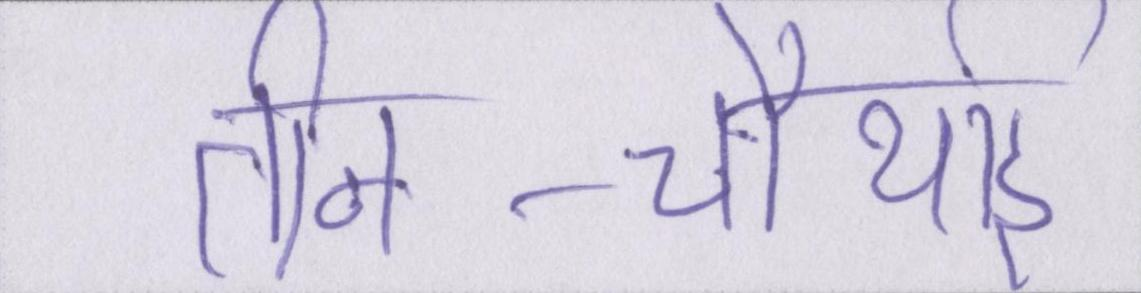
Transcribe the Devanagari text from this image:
तीन-चौथाई